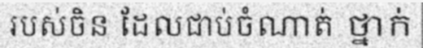
របស់ចិន ដែលជាប់ចំណាត់ ថ្នាក់